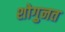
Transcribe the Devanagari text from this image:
शोगुनत